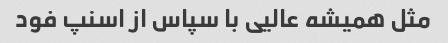
مثل همیشه عالیی با سپاس از اسنپ فود